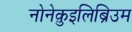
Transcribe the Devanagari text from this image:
नोनेक़ुइलिब्रिउम